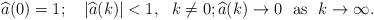
LaTeX: \begin{align*}\widehat{a}(0)=1;~~~|\widehat{a}(k)|< 1, ~~k\neq 0; \widehat{a}(k)\to 0 ~~{\rm as}~~k\to\infty.\end{align*}